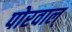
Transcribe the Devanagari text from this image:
पोरवाल्